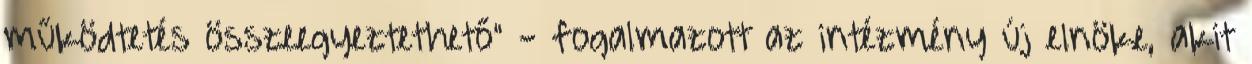
működtetés összeegyeztethető" - fogalmazott az intézmény új elnöke, akit